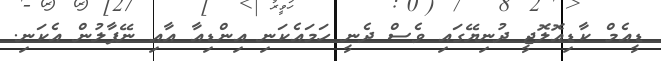
ޑީއެމް ކާޑިއޮލޮޖީ ދުނިޔޭގައި ވެސް ދެނީ ހަމައެކަނި އިންޑިއާ އާއި ނޭޕާލުން އެކަނި.